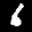
Label: 6